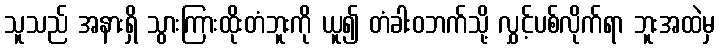
သူသည် အနားရှိ သွားကြားထိုးတံဘူးကို ယူ၍ တံခါးဝဘက်သို့ လွှင့်ပစ်လိုက်ရာ ဘူးအထဲမှ